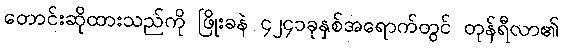
တောင်းဆိုထားသည်ကို ဖြိုးခနဲ ၄၂၄၁ခုနှစ်အရောက်တွင် တုန်ရီလာ၏